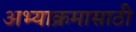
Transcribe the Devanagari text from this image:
अभ्याक्रमासाठी